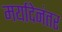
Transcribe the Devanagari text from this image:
मर्यादेनंतर